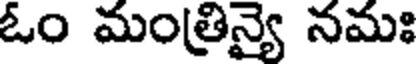
ఓం మంత్రిన్యై నమః